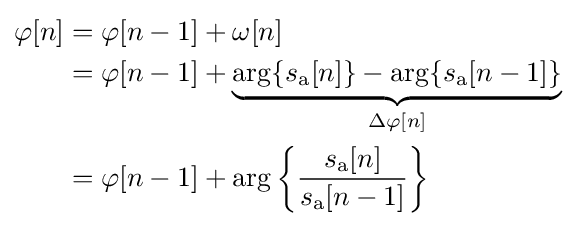
{\begin{aligned}\varphi [n]&=\varphi [n-1]+\omega [n]\\&=\varphi [n-1]+\underbrace {\arg\{s_{\mathrm {a} }[n]\}-\arg\{s_{\mathrm {a} }[n-1]\}} _{\Delta \varphi [n]}\\&=\varphi [n-1]+\arg \left\{{\frac {s_{\mathrm {a} }[n]}{s_{\mathrm {a} }[n-1]}}\right\}\\\end{aligned}}